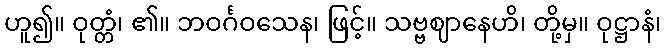
ဟူ၍။ ဝုတ္တံ၊ ၏။ ဘဝင်္ဂဝသေန၊ ဖြင့်။ သဗ္ဗဈာနေဟိ၊ တို့မှ။ ဝုဋ္ဌာနံ၊